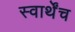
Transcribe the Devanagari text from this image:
स्वार्थेंच